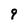
Character: 9